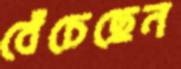
বেঁচেছেন